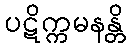
ပဋိက္ကမနန္တိ